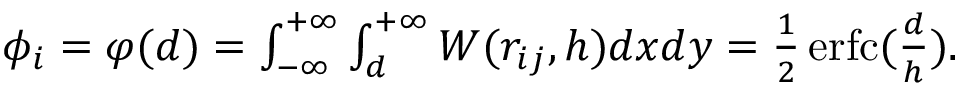
\begin{array} { r } { \phi _ { i } = \varphi ( d ) = \int _ { - \infty } ^ { + \infty } \int _ { d } ^ { + \infty } W ( r _ { i j } , h ) d x d y = \frac { 1 } { 2 } \operatorname { e r f c } ( \frac { d } { h } ) . } \end{array}